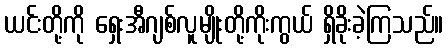
ယင်းတို့ကို ရှေးအီဂျစ်လူမျိုးတို့ကိုးကွယ် ရှိခိုးခဲ့ကြသည်။